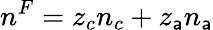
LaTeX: n^{F}=z_{c}n_{c}+z_{\mathsf{a}}n_{\mathsf{a}}